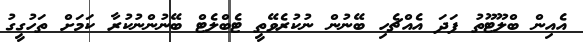
އެއިން ބްލޫޓޫތު ފަދަ އެއްޗެހި ބޭނުން ނުކުރެވޭތީ ޓެބްލެޓް ބޭނުންނުކުރާ ކަމަށް ތަހުގީގު